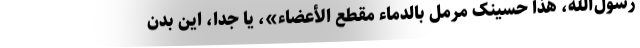
رسول‌الله، هذا حسینک مرمل بالدماء مقطع الأعضاء»، یا جدا، این بدن